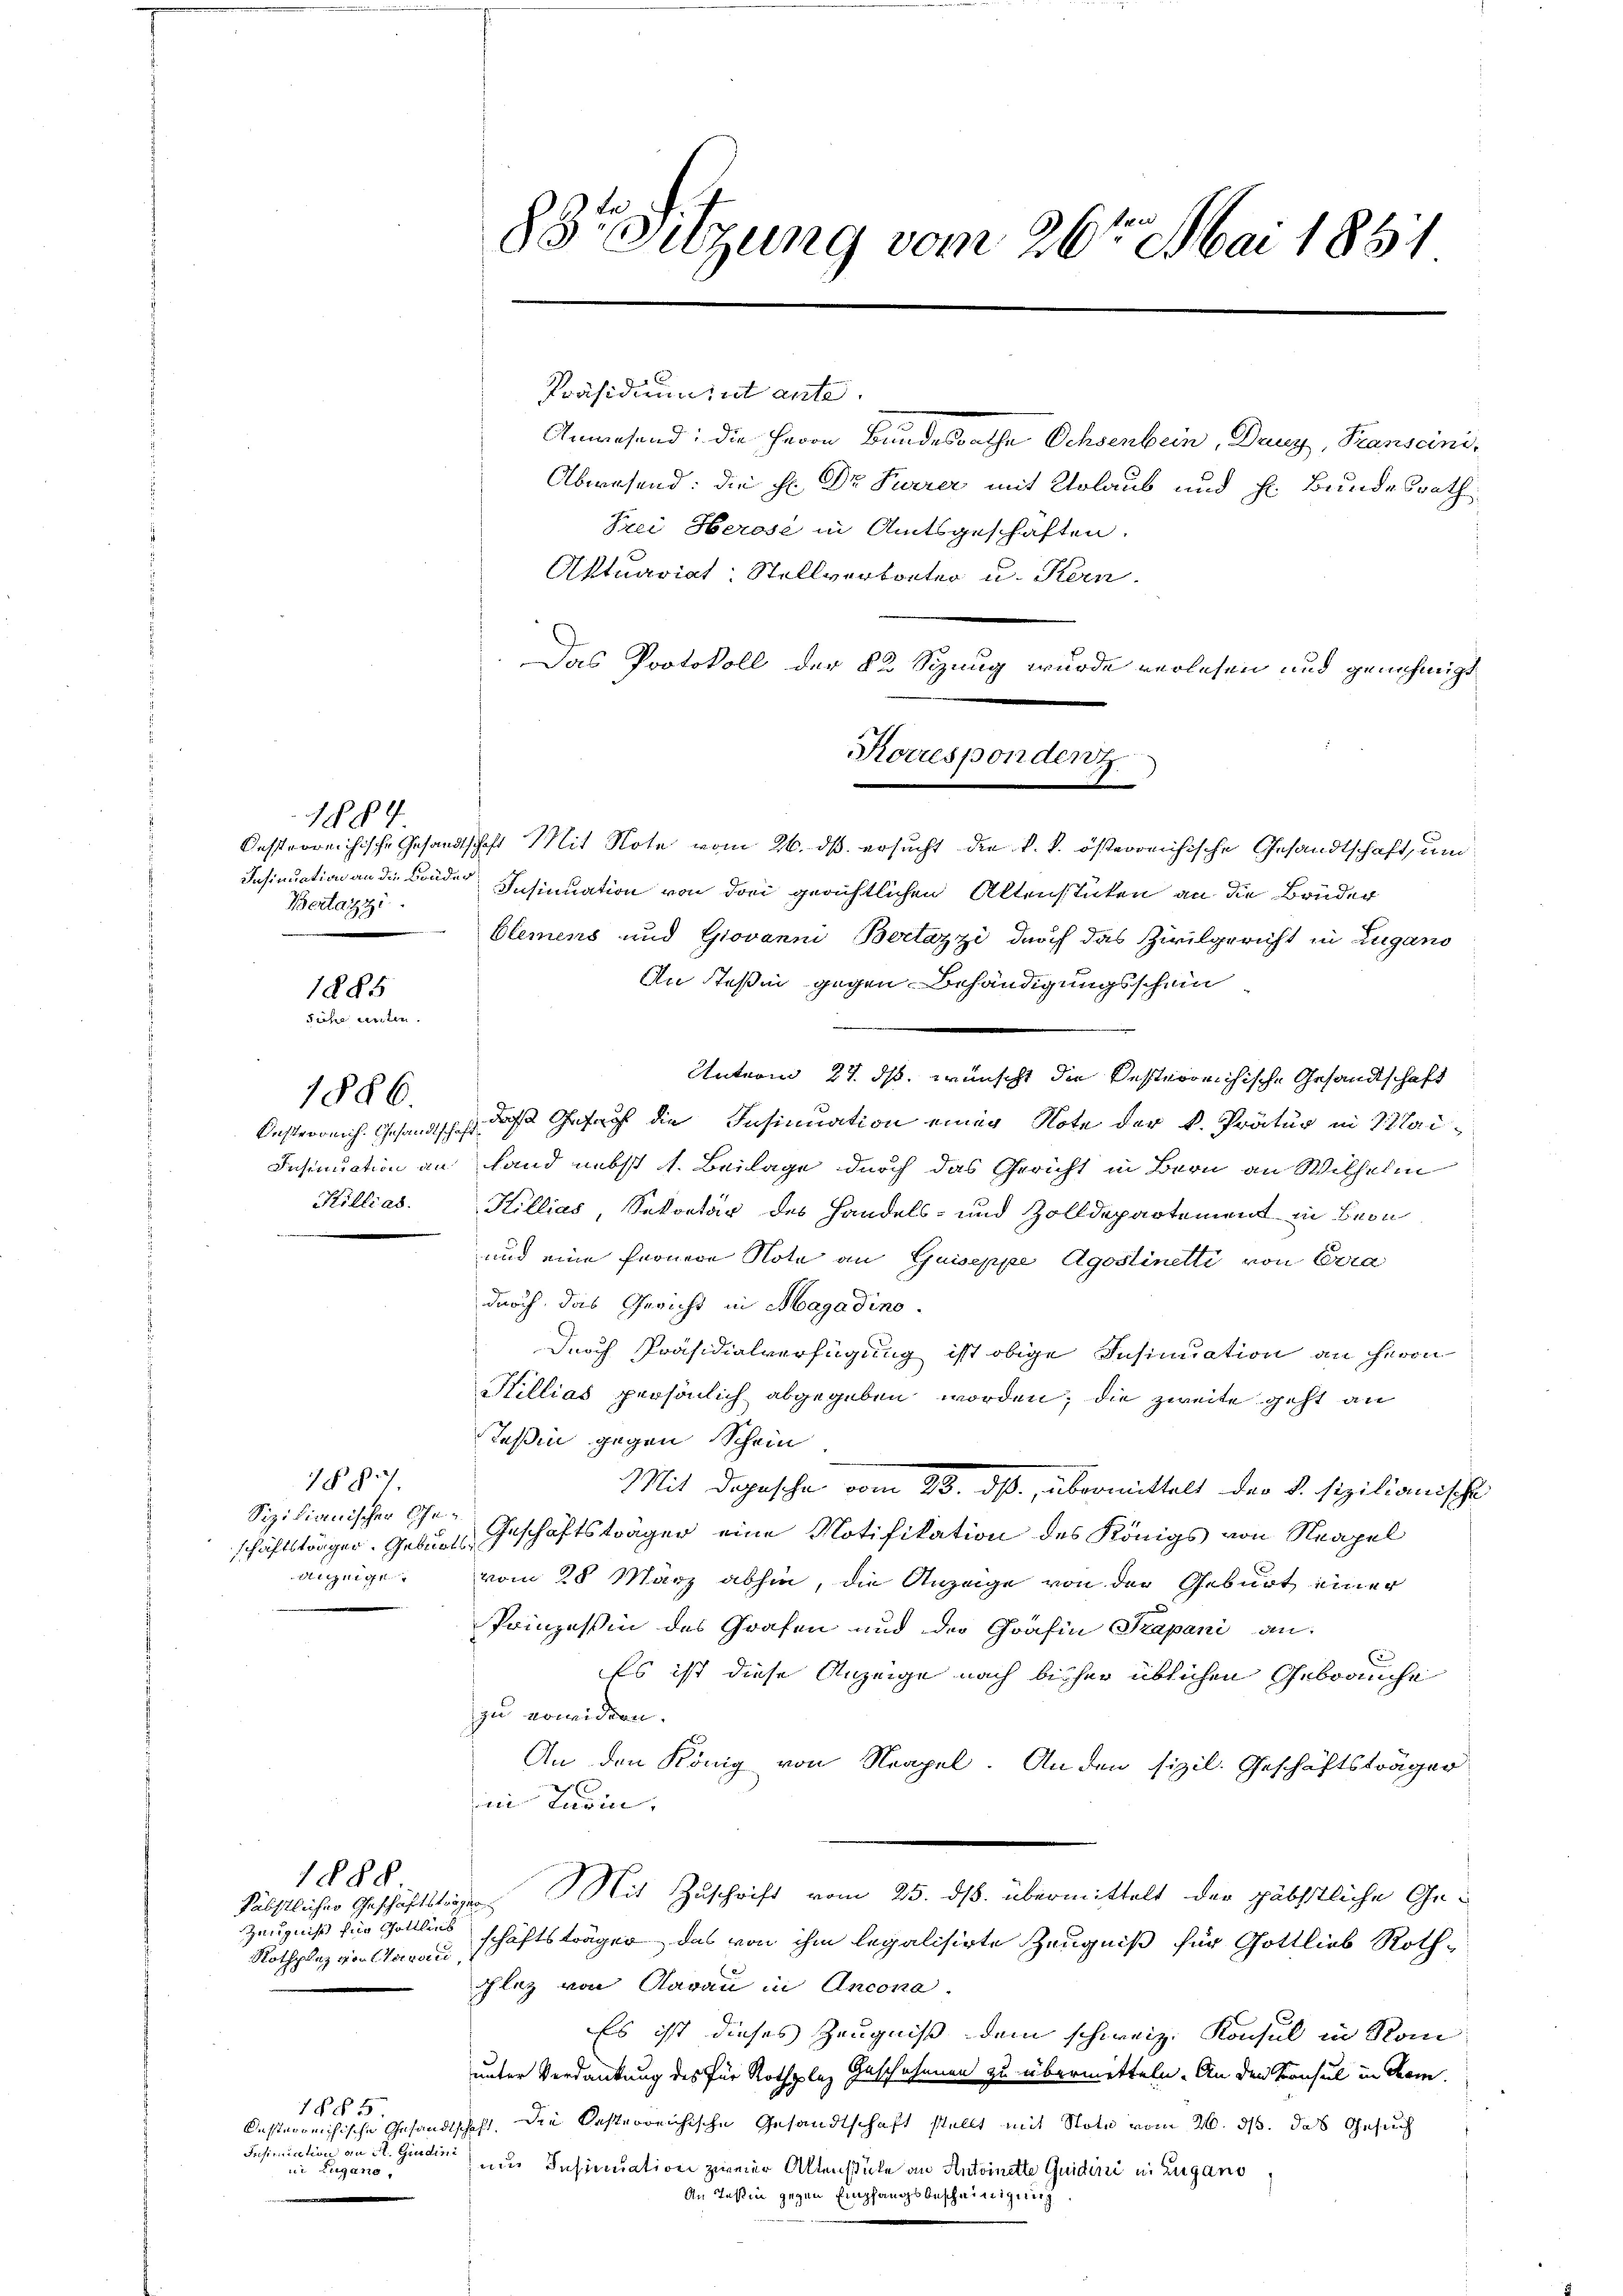
1884
Bertazzi

1285
Suche unten

Killias.

1886.

Sizilianischer Geinige

7§ 87.

1888

Päbstlicher Geschäftsträgen
Zeugnis für Gottlich
Rothplaz von Aarau

1805.
Insimiretio an St. Ginde
in Lugano.

Anwesend: die Herrn Bundesrathe Ochsenbein, Dang, Transcini,
Abwesend: die Hr. Dr Furrer mit Urlaub und Fr. Bundesrath
Frei Herose in Amtsgeschäften.
Aktuariat: Stellvertreter u. Kern.
Das Protokoll der 22 Sizung wurde verlesen und genehmigt
Oesterreichische Gesandtschaft Mit Note vom 26. ds. ersucht die k. k. österreichische Gesandtschaft, und
Insinuation an die Bruder Insinuation von drei gerichtlichen Altenstücken an die Brüder
blemens und Giovanni Bertazzi durch das Zivilgericht in Zugano
An stehen gegen Behändigungsschein
Unterm 27. ds. wünscht die besterreichische Gesandtschaft
besterreich. Gesandtsch, das Gesagt die Insinuation einer Note der k. Prätur in Wai-
Insinuation an Hand nebst 1. Beilage durch das Gericht in Bern an Wilhelm
Killias, Sekretär des Handels- und Zolldepartement in Bern
und eine fernere Nota an Guiseppe Agoslinetti von Bera
durch das Gericht in Magadino.
Durch Präsidialverfügung ist obige Insinuation an Herrn
Killias persönlich abgegeben worden; die zweite geht an
Teßin gegen Schein
Mit Depesche vom 23. ds. übermittelt der §. sizilianische
schäftsträger. Geburt Geschäftsträger eine Notifikation des Königs von Neapel
vom 28. März abhin, die Anzeige von der Geburt einer
Prinzessin des Grafen und der Gräfin Trapani an:
Es ist diese Anzeige nach bisher üblichen Gebrauche
zu erwidern.
An den König von Neapel. An den sizil. Geschäftsträger
in Turin,
Mit Zuschrift vom 25. ds. übermittelt der gäbstliche Geschäftsträger, das von ihm legalisirte Zeugniß für Gottlieb Rothschlag von darau in Ancona.
Es ist dieses Zeugniß dem schweiz. Konsul in Rom
unter Verdankung des für Rothplaz Geschehenen zu übermitteln. An den Konsul in dem
desterreichische Gesandtschaft, die besterreichische Gesandtschaft stellt mit Note vom 26. ds. das Gesuch
27
um Insinuation zweier Aktenstüke an Antoinette Quidini in Zugano
An Teßin gegen Empfangsbescheinigung

88. Sitzung vom 26ten Mai 1891

Präsidium ist ante.

Korrespondent